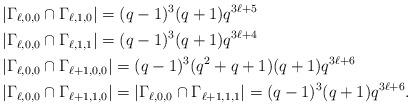
LaTeX: \begin{align*}&|\Gamma_{\ell,0,0}\cap\Gamma_{\ell,1,0}|=(q-1)^3(q+1)q^{3\ell+5}\\&|\Gamma_{\ell,0,0}\cap\Gamma_{\ell,1,1}|=(q-1)^3(q+1)q^{3\ell+4}\\&|\Gamma_{\ell,0,0}\cap\Gamma_{\ell+1,0,0}|=(q-1)^3(q^2+q+1)(q+1)q^{3\ell+6}\\&|\Gamma_{\ell,0,0}\cap\Gamma_{\ell+1,1,0}|=|\Gamma_{\ell,0,0}\cap\Gamma_{\ell+1,1,1}|=(q-1)^3(q+1)q^{3\ell+6}.\end{align*}